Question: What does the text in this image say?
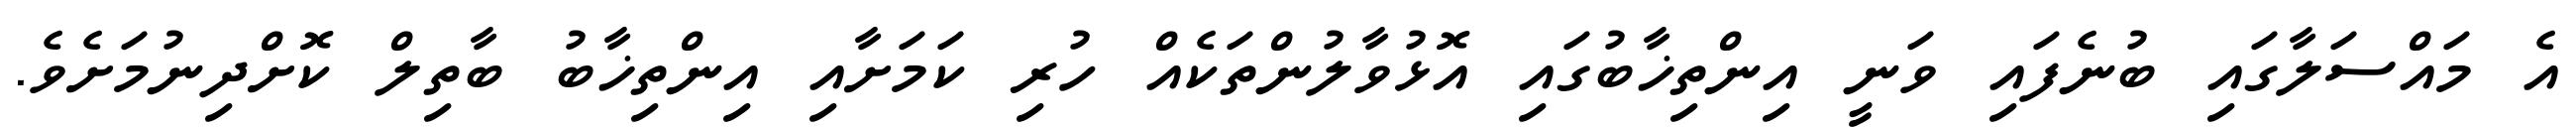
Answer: އެ މައްސަލާގައި ބުނެފައި ވަނީ އިންތިޚާބުގައި އޮޅުވާލުންތަކެއް ހުރި ކަމަށާއި އިންތިޚާބު ބާތިލް ކޮށްދިނުމަށެވެ.